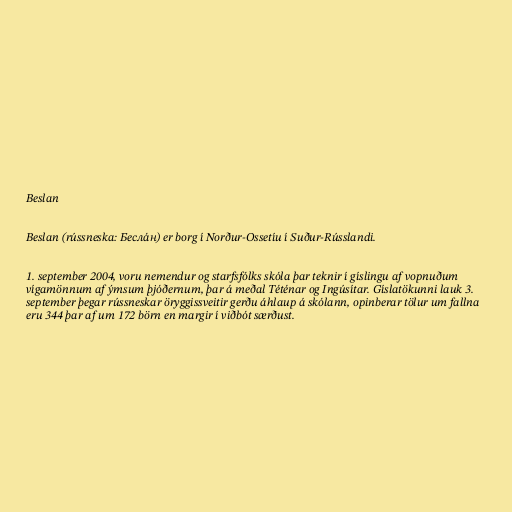
Beslan

Beslan (rússneska: Бесла́н) er borg í Norður-Ossetíu í Suður-Rússlandi.

1. september 2004, voru nemendur og starfsfólks skóla þar teknir í gíslingu af vopnuðum
vígamönnum af ýmsum þjóðernum, þar á meðal Téténar og Ingúsítar. Gíslatökunni lauk 3.
september þegar rússneskar öryggissveitir gerðu áhlaup á skólann, opinberar tölur um fallna
eru 344 þar af um 172 börn en margir í viðbót særðust.